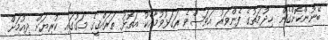
ބޭނުންކޮށްގެން ޚިދުމަތުގެ ފެންވަރު އަވަސްވެ ރަގަޅުވުމާއެކު އަތޮޅު ތަރައްޤީގެ މަގުގައި ކުރިޔަށް ދިއުމަށް